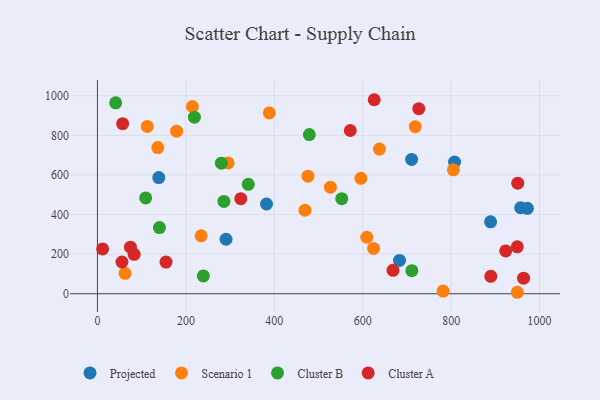
{"axis": {"x": "Ad Spend", "y": "Sales"}, "legend": ["Cluster A", "Cluster B", "Projected", "Scenario 1"], "data": [{"x": "290.8", "y": 275.2, "type": "Projected"}, {"x": "382.4", "y": 453.4, "type": "Projected"}, {"x": "138.7", "y": 586.7, "type": "Projected"}, {"x": "710.6", "y": 678.3, "type": "Projected"}, {"x": "972.4", "y": 431.2, "type": "Projected"}, {"x": "889.2", "y": 363.3, "type": "Projected"}, {"x": "683.2", "y": 168.5, "type": "Projected"}, {"x": "957.1", "y": 434.3, "type": "Projected"}, {"x": "807.7", "y": 665.1, "type": "Projected"}, {"x": "62.5", "y": 103.0, "type": "Scenario 1"}, {"x": "595.8", "y": 583.0, "type": "Scenario 1"}, {"x": "781.8", "y": 13.3, "type": "Scenario 1"}, {"x": "624.5", "y": 229.0, "type": "Scenario 1"}, {"x": "718.9", "y": 843.9, "type": "Scenario 1"}, {"x": "805.1", "y": 625.7, "type": "Scenario 1"}, {"x": "476.2", "y": 593.8, "type": "Scenario 1"}, {"x": "234.6", "y": 292.5, "type": "Scenario 1"}, {"x": "949.7", "y": 7.4, "type": "Scenario 1"}, {"x": "388.7", "y": 913.4, "type": "Scenario 1"}, {"x": "609.2", "y": 285.3, "type": "Scenario 1"}, {"x": "637.8", "y": 730.6, "type": "Scenario 1"}, {"x": "526.9", "y": 538.2, "type": "Scenario 1"}, {"x": "179.0", "y": 821.3, "type": "Scenario 1"}, {"x": "295.4", "y": 660.6, "type": "Scenario 1"}, {"x": "214.8", "y": 945.9, "type": "Scenario 1"}, {"x": "136.4", "y": 738.3, "type": "Scenario 1"}, {"x": "469.4", "y": 422.0, "type": "Scenario 1"}, {"x": "112.6", "y": 845.3, "type": "Scenario 1"}, {"x": "552.5", "y": 480.0, "type": "Cluster B"}, {"x": "280.3", "y": 659.5, "type": "Cluster B"}, {"x": "109.1", "y": 483.8, "type": "Cluster B"}, {"x": "479.2", "y": 803.8, "type": "Cluster B"}, {"x": "711.1", "y": 116.5, "type": "Cluster B"}, {"x": "239.5", "y": 89.9, "type": "Cluster B"}, {"x": "286.0", "y": 466.5, "type": "Cluster B"}, {"x": "140.2", "y": 334.1, "type": "Cluster B"}, {"x": "219.3", "y": 891.8, "type": "Cluster B"}, {"x": "341.2", "y": 552.5, "type": "Cluster B"}, {"x": "41.2", "y": 964.4, "type": "Cluster B"}, {"x": "155.1", "y": 159.8, "type": "Cluster A"}, {"x": "949.5", "y": 236.8, "type": "Cluster A"}, {"x": "726.8", "y": 935.0, "type": "Cluster A"}, {"x": "889.7", "y": 88.2, "type": "Cluster A"}, {"x": "11.7", "y": 226.4, "type": "Cluster A"}, {"x": "668.5", "y": 118.5, "type": "Cluster A"}, {"x": "55.4", "y": 160.3, "type": "Cluster A"}, {"x": "83.0", "y": 199.0, "type": "Cluster A"}, {"x": "74.6", "y": 235.0, "type": "Cluster A"}, {"x": "57.0", "y": 859.0, "type": "Cluster A"}, {"x": "963.8", "y": 78.5, "type": "Cluster A"}, {"x": "626.0", "y": 980.0, "type": "Cluster A"}, {"x": "571.9", "y": 824.5, "type": "Cluster A"}, {"x": "923.4", "y": 216.2, "type": "Cluster A"}, {"x": "950.7", "y": 558.7, "type": "Cluster A"}, {"x": "324.2", "y": 480.2, "type": "Cluster A"}]}